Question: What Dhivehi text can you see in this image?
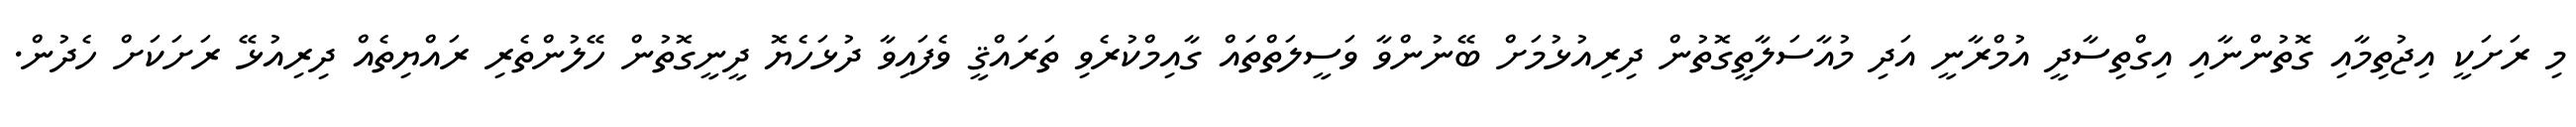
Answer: މި ރަށަކީ އިޖުތިމާއި ގޮތުންނާއި އިގްތިސާދީ އުމްރާނީ އަދި މުއާސަލާތީގޮތުން ދިރިއުޅުމަށް ބޭނުންވާ ވަސީލަތްތައް ގާއިމްކުރެވި ތަރައްޤީ ވެފައިވާ ދުޅަހެޔޮ ދީނީގޮތުން ހޭލުންތެރި ރައްޔިތެއް ދިރިއުޅޭ ރަށަކަށް ހެދުން.